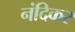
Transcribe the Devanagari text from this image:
नंदिकर